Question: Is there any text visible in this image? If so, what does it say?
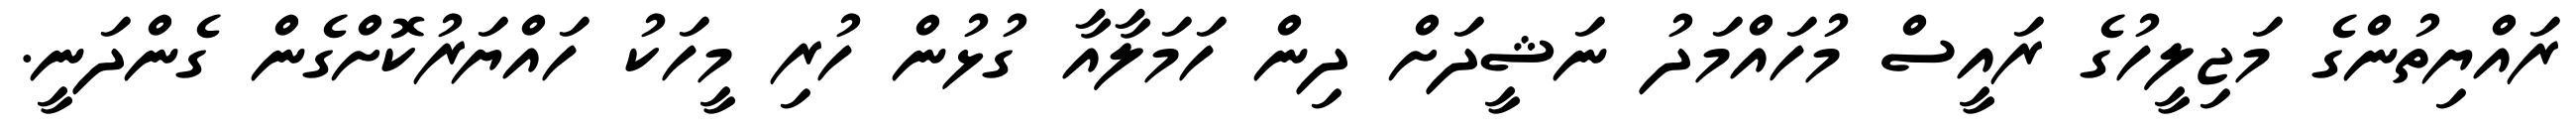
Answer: ރައްޔިތުންގެ މަޖިލީހުގެ ރައީސް މުހައްމަދު ނަޝީދަށް ދިން ހަމަލާއާ ގުޅުން ހުރި މީހަކު ހައްޔަރުކޮށްގެން ގެންދަނީ.